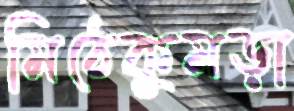
মিঠেকুমড়া